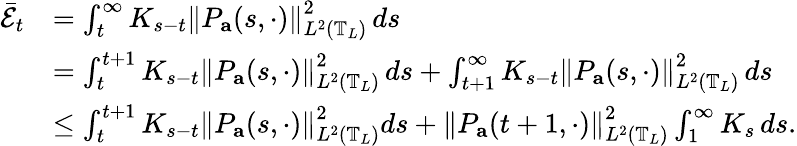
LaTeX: \begin{array}{rl}{\bar{\mathcal{E}}_{t}}&{=\int_{t}^{\infty}K_{s-t}\left\| P_{\mathbf{a}}(s,\cdot)\right\| _{L^{2}\left(\mathbb{T}_{L}\right)}^{2}\, ds}\\ &{=\int_{t}^{t+1}K_{s-t}\left\| P_{\mathbf{a}}(s,\cdot)\right\| _{L^{2}\left(\mathbb{T}_{L}\right)}^{2}\, ds+\int_{t+1}^{\infty}K_{s-t}\left\| P_{\mathbf{a}}(s,\cdot)\right\| _{L^{2}\left(\mathbb{T}_{L}\right)}^{2}\, ds}\\ &{\leq\int_{t}^{t+1}K_{s-t}\left\| P_{\mathbf{a}}(s,\cdot)\right\| _{L^{2}\left(\mathbb{T}_{L}\right)}^{2}ds+\left\| P_{\mathbf{a}}(t+1,\cdot)\right\| _{L^{2}\left(\mathbb{T}_{L}\right)}^{2}\int_{1}^{\infty}K_{s}\, ds.}\end{array}